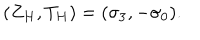
( Z _ { H } , T _ { H } ) = ( \sigma _ { 3 } , - \sigma _ { 0 } ) .